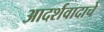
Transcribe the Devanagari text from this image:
आदर्शवादाचे